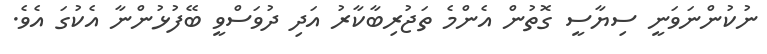
ނުކުންނަވަނީ ސިޔާސީ ގޮތުން އެންމެ ތަޖުރިބާކާރު އަދި ދުވަސްވީ ބޭފުޅުންނާ އެކުގަ އެވެ.